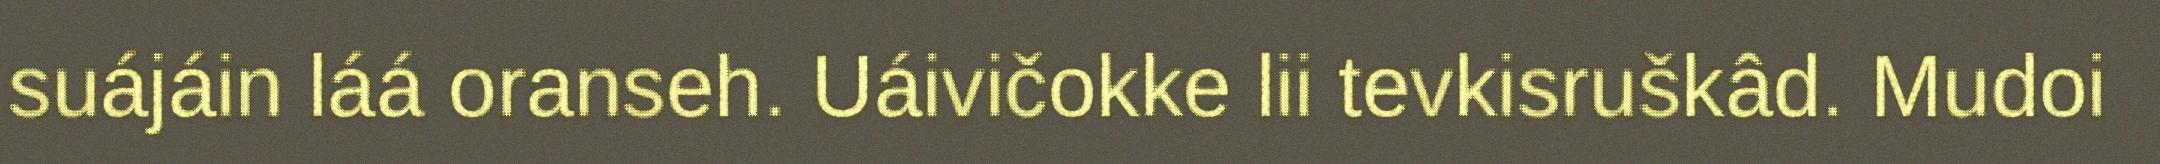
suájáin láá oranseh. Uáivičokke lii tevkisruškâd. Mudoi